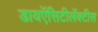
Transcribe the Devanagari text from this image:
डायऍसिटीलॅक्‍टीस